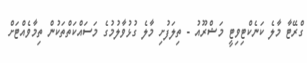
ގްރޭޓާ މާލެ ކަނެކްޓިވިޓީ މަޝްރޫއު - ތިލަފުށި މާލެ ގުޅުވާލުމުގެ މަސައްކަތްތަކުން ތިމާވެއްޓަށް